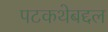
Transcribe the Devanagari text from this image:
पटकथेबद्दल